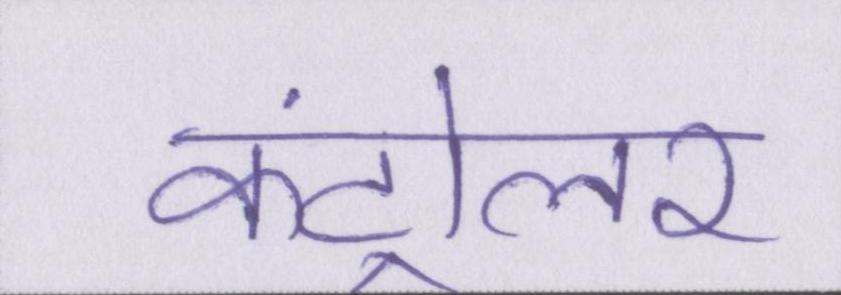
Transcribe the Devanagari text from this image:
कंट्रोलर